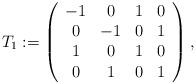
LaTeX: \begin{align*}T_1:=\left({\begin{array}{*{20}c}-1 & 0 & 1 & 0 \\0 & -1 & 0 & 1\\1 & 0 & 1 & 0 \\0 & 1 & 0 & 1\\\end{array}}\right),\end{align*}